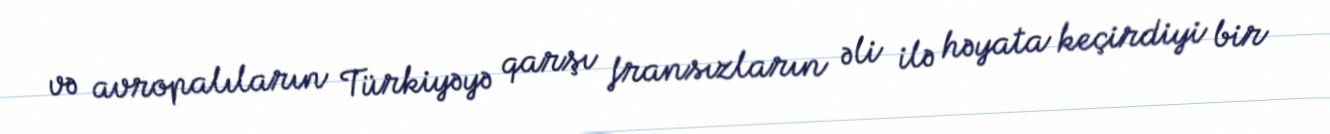
və avropalıların Türkiyəyə qarşı fransızların əli ilə həyata keçirdiyi bir